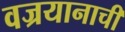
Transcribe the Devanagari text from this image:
वज्रयानाची